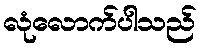
လုံလောက်ပါသည်